Papers set at the Examination for Leaving Certificates, 1889
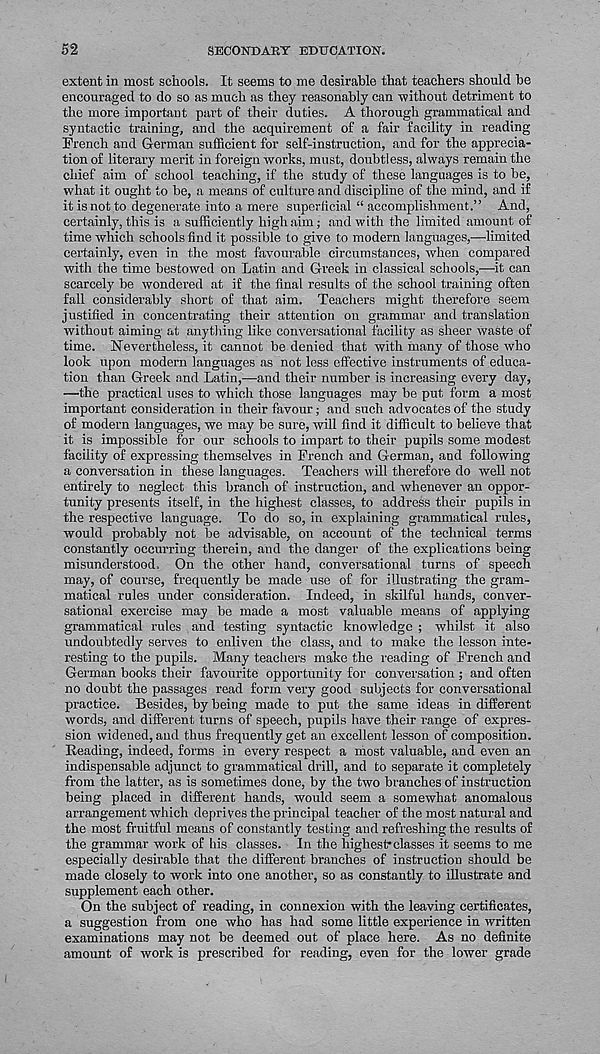
52
SECONDARY EDUCATION.
extent in most schools. It seems to me desirable that teachers should be
encouraged to do so as much as they reasonably can without detriment to
the more important part of their duties. A thorough grammatical and
syntactic training, and the acquirement of a fair facility in reading
French and German sufficient for self-instruction, and for the apprecia-
tion of literary merit in foreign works, must, doubtless, always remain the
chief aim of school teaching, if the study of these languages is to be,
what it ought to be, a means of culture and discipline of the mind, and if
it is not to degenerate into a mere superficial “ accomplishment.” And,
certainly, this is a sufficiently high aim; and with the limited amount of
time which schools find it possible to give to modern languages,—limited
certainly, even in the most favourable circumstances, when compared
with the time bestowed on Latin and Greek in classical schools,—it can
scarcely be wondered at if the final results of the school training often
fall considerably short of that aim. Teachers might therefore seem
justified in concentrating their attention on grammar and translation
without aiming at anything like conversational facility as sheer waste of
time, nevertheless, it cannot be denied that with many of those who
look upon modern languages as not less effective instruments of educa-
tion than Greek and Latin,—and their number is increasing every day,
—the practical uses to which those languages may be put form a most
important consideration in their favour; and such advocates of the study
of modern languages, we may be sure, will find it difficult to believe that
it is impossible for our schools to impart to their pupils some modest
facility of expressing themselves in French and German, and following
a conversation in these languages. Teachers will therefore do well not
entirely to neglect this branch of instruction, and whenever an oppor-
tunity presents itself, in the highest classes, to address their pupils in
the respective language. To do so, in explaining grammatical rules,
would probably not be advisable, on account of the technical terms
constantly occurring therein, and the danger of the explications being
misunderstood. On the other hand, conversational turns of speech
may, of course, frequently be made use of for illustrating the gram-
matical rules under consideration. Indeed, in skilful hands, conver-
sational exercise may be made a most valuable means of applying
grammatical rules and testing syntactic knowledge ; whilst it also
undoubtedly serves to enliven the class, and to make the lesson inte-
resting to the pupils. Many teachers make the reading of French and
German books their favourite opportunity for conversation ; and often
no doubt the passages read form very good subjects for conversational
practice. Besides, by being made to put the same ideas in different
words, and different turns of speech, pupils have their range of expres-
sion widened, and thus frequently get an excellent lesson of composition.
Beading, indeed, forms in every respect a most valuable, and even an
indispensable adjunct to grammatical drill, and to separate it completely
from the latter, as is sometimes done, by the two branches of instruction
being placed in different hands, would seem a somewhat anomalous
arrangement which deprives the principal teacher of the most natural and
the most fruitful means of constantly testing and refreshing the results of
the grammar work of his classes. In the highest - classes it seems to me
especially desirable that the different branches of instruction should be
made closely to work into one another, so as constantly to illustrate and
supplement each other.
On the subject of reading, in connexion with the leaving certificates,
a suggestion from one who has had some little experience in written
examinations may not be deemed out of place here. As no definite
amount of work is prescribed for reading, even for the lower grade